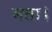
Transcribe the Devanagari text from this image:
मता।